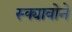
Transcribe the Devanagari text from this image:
स्क्यावोने